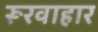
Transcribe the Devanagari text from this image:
रूरवाहार